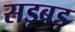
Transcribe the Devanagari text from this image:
सड़बड़